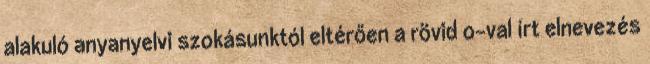
alakuló anyanyelvi szokásunktól eltérően a rövid o-val írt elnevezés